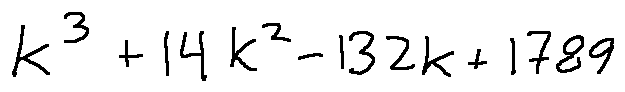
k ^ { 3 } + 1 4 k ^ { 2 } - 1 3 2 k + 1 7 8 9